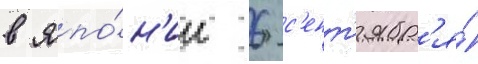
в япо́н'ии 6 с'ент'ябр'я́